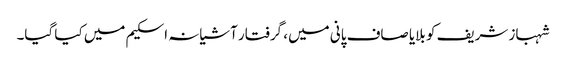
شہباز شریف کو بلایا صاف پانی میں، گرفتار آشیانہ اسکیم میں کیا گیا۔